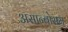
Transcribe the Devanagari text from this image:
असान्बोसम